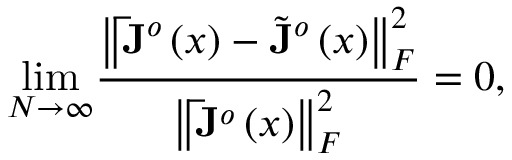
\underset { N \rightarrow \infty } { \operatorname* { l i m } } \frac { \left\Vert \mathbf { \bar { J } } ^ { o } \left( \boldsymbol { x } \right) - \tilde { \mathbf { J } } ^ { o } \left( \boldsymbol { x } \right) \right\Vert _ { F } ^ { 2 } } { \left\Vert \mathbf { \bar { J } } ^ { o } \left( \boldsymbol { x } \right) \right\Vert _ { F } ^ { 2 } } = 0 ,